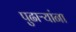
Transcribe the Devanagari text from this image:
पुढाऱ्यांना